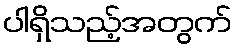
ပါရှိသည့်အတွက်